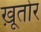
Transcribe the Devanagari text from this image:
ख़ूतोर